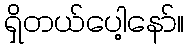
ရှိတယ်ပေါ့နော်။